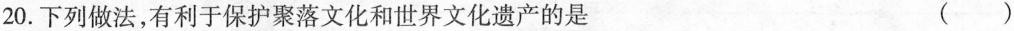
20.下列做法，有利于保护聚落文化和世界文化遗产的是 （ ）